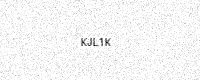
Text: KJL1K